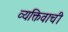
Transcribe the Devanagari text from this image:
व्यक्तिवाची